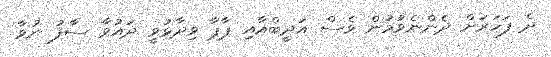
ދެ ފަހަރަށް ދެންނެވުމުން ވެސް އަދީބްއާއި ޕާޕާ ވިދާޅުވީ ދައުވާ ސާފު ނުވާ